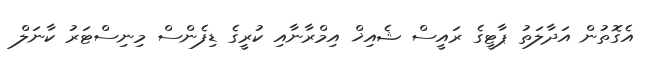
އެގޮތުން އަދާލަތު ޕާޓީގެ ރައީސް ޝެއިޚް އިމްރާނާއި ކުރީގެ ޑިފެންސް މިނިސްޓަރު ކާނަލް